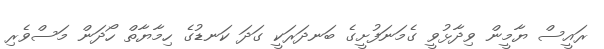
ރައީސް ޔާމީން ވިދާޅުވީ ގެމަނަފުށީގެ ބަނދަރަކީ ގަދަ ކަނޑުގެ ހިމާޔާތް ހޯދަން މަސްވެރި